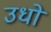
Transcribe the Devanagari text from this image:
उधो